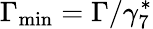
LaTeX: \Gamma_{\mathrm{min}}=\Gamma/\gamma_{7}^{\ast}